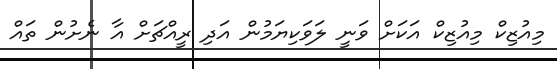
މިއުޒިކް މިއުޒިކް އަކަށް ވަނީ ލަވަކިޔަމުން އަދި ރީއްޗަށް އާ ނެށުން ތައް